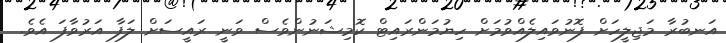
އަނބުރާ މަޖިލީހަށް ފޮނުވައިލެއްވުމަށް ހިޔުމަންރައިޓް ކޮމިޝަނުންވެސް ވަނީ ރައީސަށް ލަފާ އަރުވާފަ އެވެ.